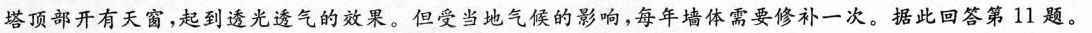
塔顶部开有天窗，起到透光透气的效果。但受当地气候的影响，每年墙体需要修补一次。据此回答第11题。